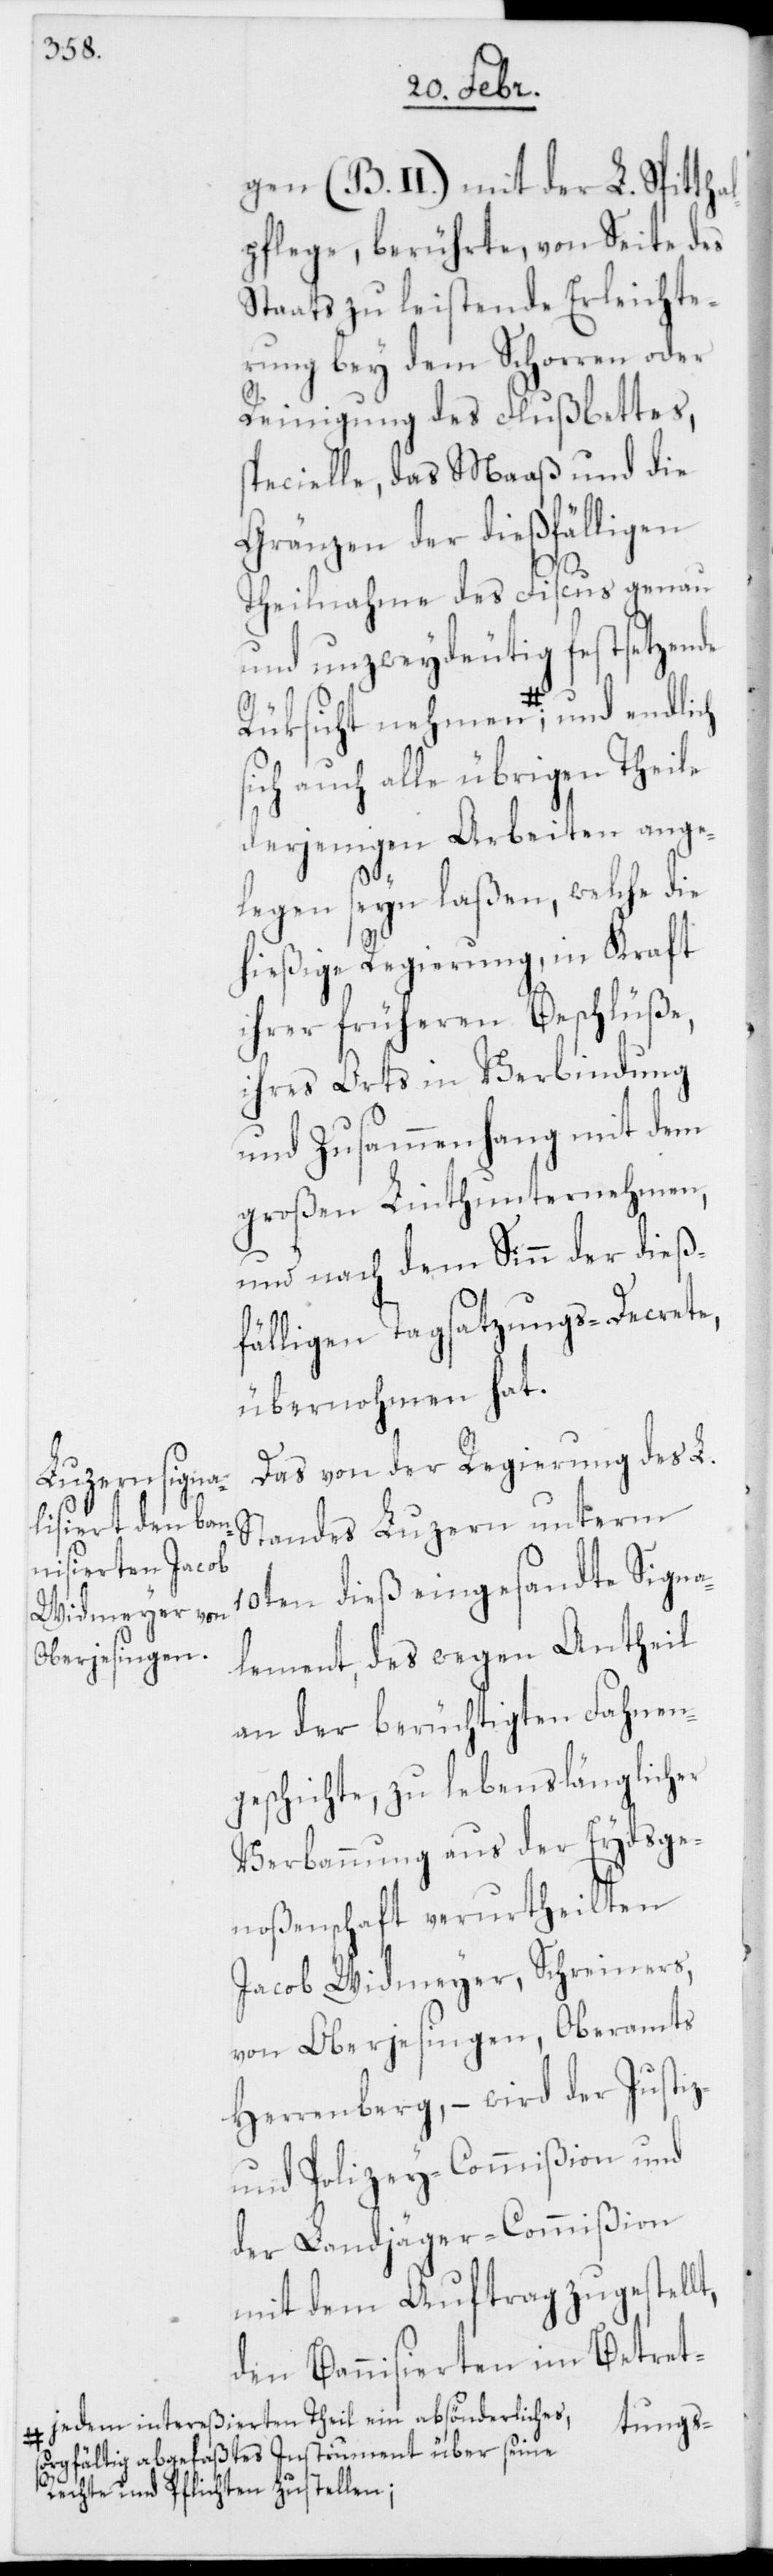
gen (B. II.) mit der L. Spittha¬
lpflege, berührte, von Seite des
Staats zu leistende Erleichte¬
rung bey dem Schorren oder
Reinigung des Flußbettes,
specielle, das Maaß und die
Gränzen der dießfälligen
Theilnahme des Fiscus genau
und unzweydeutig festsetzende
sich auch alle übrigen Theile
derjenigen Arbeiten ange¬
legen seyn laßen, welche die
hießige Regierung, in Kraft
ihrer früheren Beschlüße,
ihres Orts in Verbindung
und Zusammenhang mit dem
großen Linthunternehmen,
und nach dem Sinn der dieß¬
fälligen Tagsatzungs-Decrete,
übernohmen hat.
Das von der Regierung des L.
Standes Luzern unterm
10ten dieß eingesandte Signa¬
lement, des wegen Antheil
an der berüchtigten Fahnen¬
geschichte, zu lebenslänglicher
Verbannung aus der Eydsge¬
noßenschaft verurtheilten
Jacob Widmeyer, Schreiners,
von Oberjesingen, Oberamts
Herrenberg, – wird der Justiz-
und Polizey-Commißion und
der Landjäger-Commißion
mit dem Auftrag zugestellt,
den Bannisierten im Betret-
a-; jedem intereßierten Theil ein absönderliches,
sorgfältig abgefaßtes Instrument über seine
Rechte und Pflichten zustellen-a